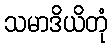
သမာဒိယိတုံ